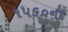
૧૫૬૦ના